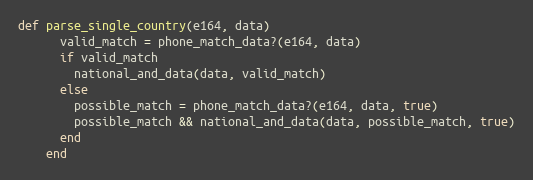
Language: Ruby
def parse_single_country(e164, data)
      valid_match = phone_match_data?(e164, data)
      if valid_match
        national_and_data(data, valid_match)
      else
        possible_match = phone_match_data?(e164, data, true)
        possible_match && national_and_data(data, possible_match, true)
      end
    end